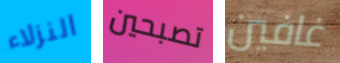
النزلاء تصبحين غافين